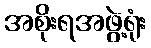
အစိုးရအဖွဲ့ရုံး